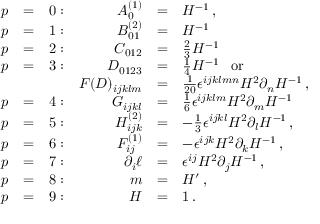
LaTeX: \begin{array} { r c l r c l } { { p } } & { { = } } & { { 0 : } } & { { A _ { 0 } ^ { ( 1 ) } } } & { { = } } & { { H ^ { - 1 } \, , } } \\ { { p } } & { { = } } & { { 1 : } } & { { { \cal B } _ { 0 1 } ^ { ( 2 ) } } } & { { = } } & { { H ^ { - 1 } \, } } \\ { { p } } & { { = } } & { { 2 : } } & { { C _ { 0 1 2 } } } & { { = } } & { { { \frac { 2 } { 3 } } H ^ { - 1 } \, } } \\ { { p } } & { { = } } & { { 3 : } } & { { D _ { 0 1 2 3 } } } & { { = } } & { { { \frac { 1 } { 4 } } H ^ { - 1 } \, \ \ \mathrm { o r } } } \\ { { } } & { { } } & { { } } & { { F ( D ) _ { i j k l m } } } & { { = } } & { { { \frac { 1 } { 2 0 } } \epsilon ^ { i j k l m n } H ^ { 2 } \partial _ { n } H ^ { - 1 } \, , } } \\ { { p } } & { { = } } & { { 4 : } } & { { G _ { i j k l } } } & { { = } } & { { { \frac { 1 } { 6 } } \epsilon ^ { i j k l m } H ^ { 2 } \partial _ { m } H ^ { - 1 } \, } } \\ { { p } } & { { = } } & { { 5 : } } & { { { \cal H } _ { i j k } ^ { ( 2 ) } } } & { { = } } & { { - { \frac { 1 } { 3 } } \epsilon ^ { i j k l } H ^ { 2 } \partial _ { l } H ^ { - 1 } \, , } } \\ { { p } } & { { = } } & { { 6 : } } & { { F _ { i j } ^ { ( 1 ) } } } & { { = } } & { { - \epsilon ^ { i j k } H ^ { 2 } \partial _ { k } H ^ { - 1 } \, , } } \\ { { p } } & { { = } } & { { 7 : } } & { { \partial _ { i } \ell } } & { { = } } & { { \epsilon ^ { i j } H ^ { 2 } \partial _ { j } H ^ { - 1 } \, , } } \\ { { p } } & { { = } } & { { 8 : } } & { { m } } & { { = } } & { { H ^ { \prime } \, , } } \\ { { p } } & { { = } } & { { 9 : } } & { { H } } & { { = } } & { { 1 \, . } } \end{array}